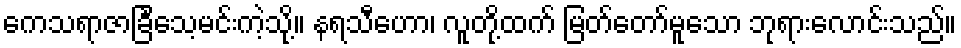
ကေသရာဇာခြင်္သေ့မင်းကဲ့သို့။ နရသီဟော၊ လူတို့ထက် မြတ်တော်မူသော ဘုရားလောင်းသည်။